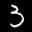
Label: 3